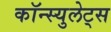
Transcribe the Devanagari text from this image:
कॉन्स्युलेट्स